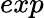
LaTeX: exp